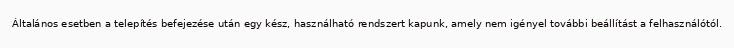
Általános esetben a telepítés befejezése után egy kész, használható rendszert kapunk, amely nem igényel további beállítást a felhasználótól.